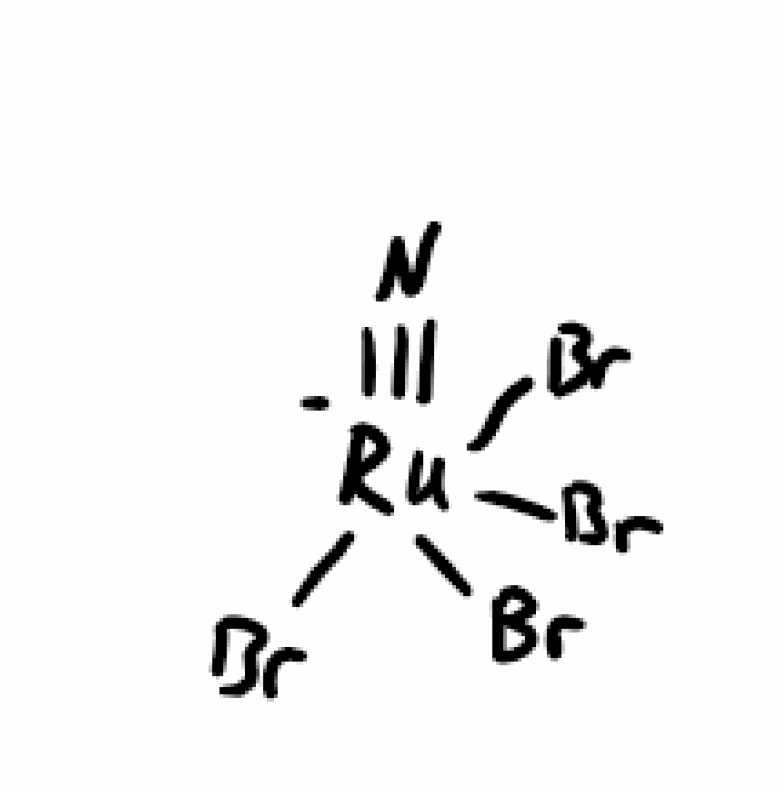
Simplified molecular-input line-entry system (SMILES) notation of the given molecule:
N#[Ru-](Br)(Br)(Br)Br